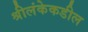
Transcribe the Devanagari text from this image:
श्रीलंकेकडील